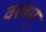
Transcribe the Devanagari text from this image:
वस्त्रम्‌